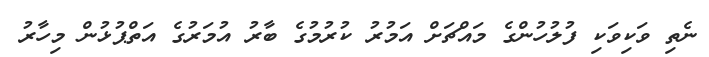
ނެތި ވަކިވަކި ފުލުހުންގެ މައްޗަށް އަމުރު ކުރުމުގެ ބާރު އުމަރުގެ އަތްޕުޅުން މިހާރު